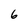
Character: 6